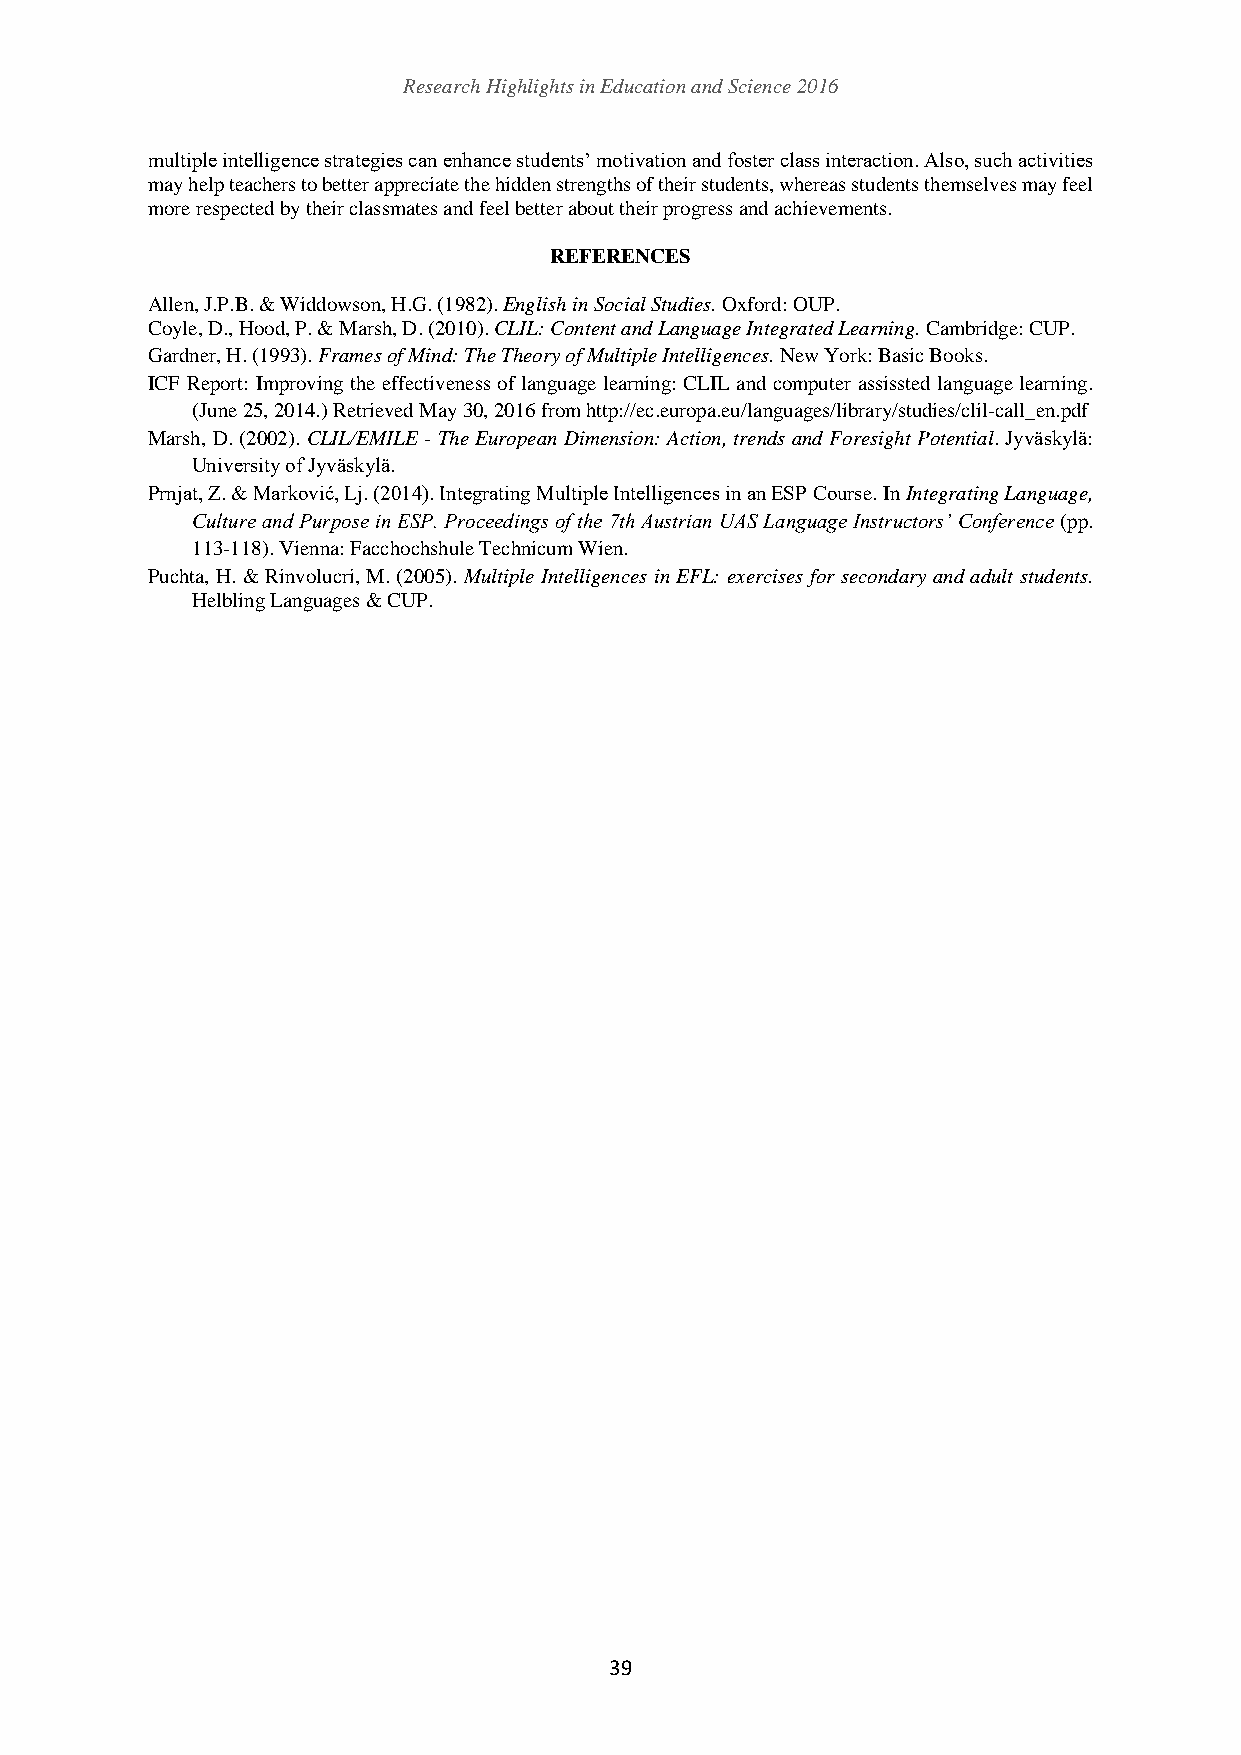
Research Highlights in Education and Science 2016
 multiple intelligence strategies can enhance students’ motivation and foster class interaction. Also, such activities
 may help teachers to better appreciate the hidden strengths of their students, whereas students themselves may feel
 more respected by their classmates and feel better about their progress and achievements.
 REFERENCES
 Allen, J.P.B. & Widdowson, H.G. (1982). English in Social Studies. Oxford: OUP.
 Coyle, D., Hood, P. & Marsh, D. (2010). CLIL: Content and Language Integrated Learning. Cambridge: CUP.
 Gardner, H. (1993). Frames of Mind: The Theory of Multiple Intelligences. New York: Basic Books.
 ICF Report: Improving the effectiveness of language learning: CLIL and computer assissted language learning.
 (June 25, 2014.) Retrieved May 30, 2016 from http://ec.europa.eu/languages/library/studies/clil-call_en.pdf
 Marsh, D. (2002). CLIL/EMILE - The European Dimension: Action, trends and Foresight Potential. Jyväskylä:
 University of Jyväskylä.
 Prnjat, Z. & Marković, Lj. (2014). Integrating Multiple Intelligences in an ESP Course. In Integrating Language,
 Culture and Purpose in ESP. Proceedings of the 7th Austrian UAS Language Instructors’ Conference (pp.
 113-118). Vienna: Facchochshule Technicum Wien.
 Puchta, H. & Rinvolucri, M. (2005). Multiple Intelligences in EFL: exercises for secondary and adult students.
 Helbling Languages & CUP.
 39